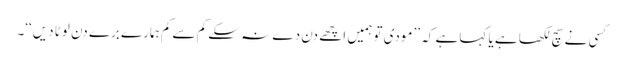
کسی نے سچ لکھا ہے یا کہا ہے کہ ’’مودی تو ہمیں اچھے دن دے نہ سکے کم سے کم ہمارے برے دن لوٹا دیں‘‘۔